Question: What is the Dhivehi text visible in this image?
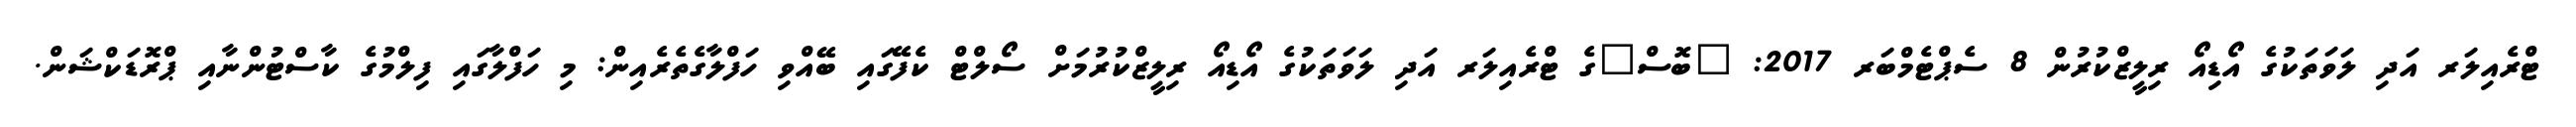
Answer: ޓްރެއިލަރ އަދި ލަވަތަކުގެ އޯޑިއޯ ރިލީޒްކުރުން 8 ސެޕްޓެމްބަރ 2017: "ބޮސް"ގެ ޓްރެއިލަރ އަދި ލަވަތަކުގެ އޯޑިއޯ ރިލީޒްކުރުމަށް ސޯލްޓް ކެފޭގައި ބޭއްވި ހަފްލާގެތެރެއިން: މި ހަފްލާގައި ފިލްމުގެ ކާސްޓުންނާއި ޕްރޮޑަކްޝަން.